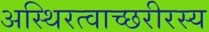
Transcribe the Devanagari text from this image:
अस्थिरत्वाच्छरीरस्य